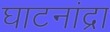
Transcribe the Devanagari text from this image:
घाटनांद्रा